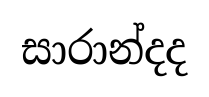
සාරාන්දද